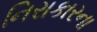
નિરાકારના